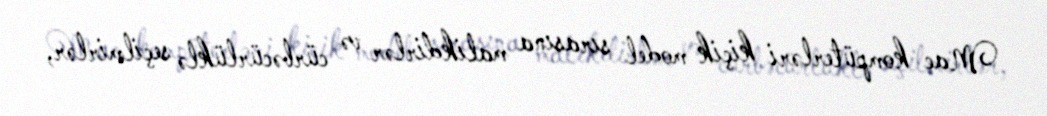
Mac kompüterləri kiçik model sırasına malikdirlər və cürbəcürlüklə seçilmirlər,